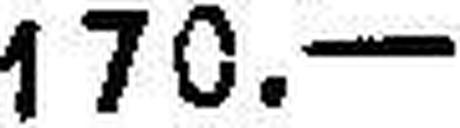
170.—